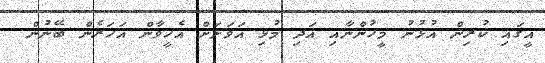
އީގައި ކުރިން އުޅުނު މީހުންނާއި އަދި މުޅި އަވަށަށް އެހީވާން އަހަރެން ބޭނުން.